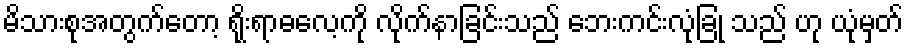
မိသားစုအတွက်တော့ ရိုးရာဓလေ့ကို လိုက်နာခြင်းသည် ဘေးကင်းလုံခြုံ သည် ဟု ယုံမှတ်